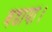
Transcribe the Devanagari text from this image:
बडाया।